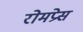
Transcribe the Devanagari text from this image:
रोमप्रेस